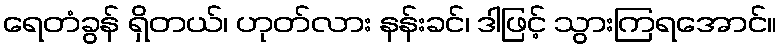
ရေတံခွန် ရှိတယ်၊ ဟုတ်လား နန်းခင်၊ ဒါဖြင့် သွားကြရအောင်။